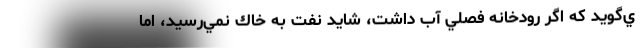
ي‌گويد كه اگر رودخانه فصلي آب داشت، شايد نفت به خاك نمي‌رسيد، اما